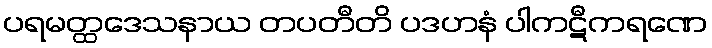
ပရမတ္ထဒေသနာယ တပတီတိ ပဒဟနံ ပါကဋီကရဏေ